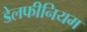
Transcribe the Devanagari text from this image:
डेलफीनियम